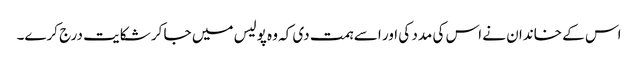
اس کے خاندان نے اس کی مدد کی اور اسے ہمت دی کہ وہ پولیس میں جا کر شکایت درج کرے۔